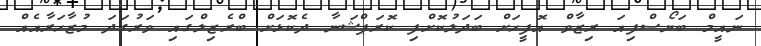
ނައީމް ބަޔޯސްފިއަ ރިޒާވް އޮފީހަށް ބަދަލުކޮށްފި ކޮރަޕްޝަނާ ދެކޮޅަށް ބްރެޒިލްގައި ވަރުގަދަ މުޒާހަރާއެއް